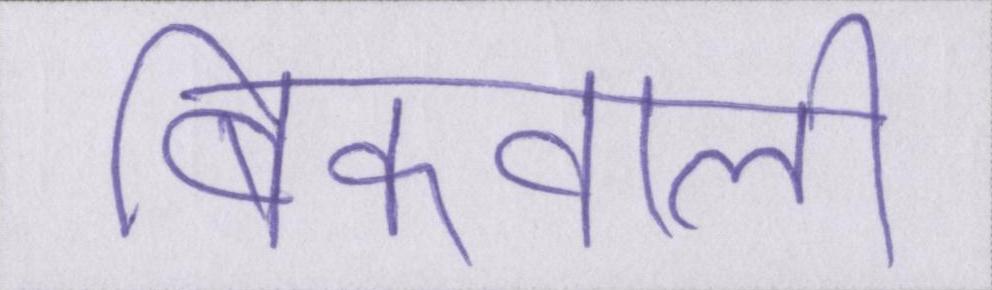
बिकवाली